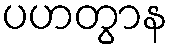
ပဟတွာန